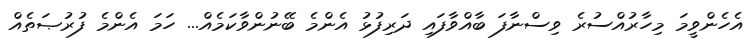
އެހެންވީމަ މިހާރުއްސުރެ ވިސްނާފަ ބާއްވާފައި ދަރިފުޅު އެންމެ ބޭނުންވާކަމެއް... ހަމަ އެންމެ ފުރުޞަތެއް